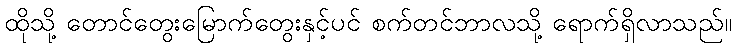
ထိုသို့ တောင်တွေးမြောက်တွေးနှင့်ပင် စက်တင်ဘာလသို့ ရောက်ရှိလာသည်။